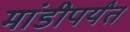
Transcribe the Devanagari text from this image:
मांडीपर्यंत